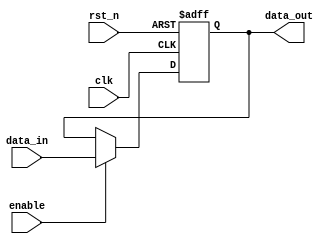
module InputRegister #(
    parameter WIDTH = 8 // Parameter for the width of the input/output data
)(
    input wire clk,          // Clock signal
    input wire rst_n,       // Active low asynchronous reset
    input wire enable,       // Enable signal
    input wire [WIDTH-1:0] data_in, // Input data
    output reg [WIDTH-1:0] data_out // Output data
);

// Always block triggered on the clock edge
always @(posedge clk or negedge rst_n) begin
    if (!rst_n) begin
        // Asynchronous reset
        data_out <= {WIDTH{1'b0}}; // Reset output to zero
    end else if (enable) begin
        // Capture input data on clock edge if enabled
        data_out <= data_in;
    end
    // If not enabled, retain previous value (implicit)
end

endmodule